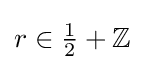
{\textstyle r\in {1 \over 2}+{\mathbb {Z} }}